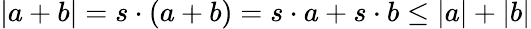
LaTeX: |a+b|=s\cdot(a+b)=s\cdot a+s\cdot b\leq|a|+|b|